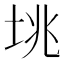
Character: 垗